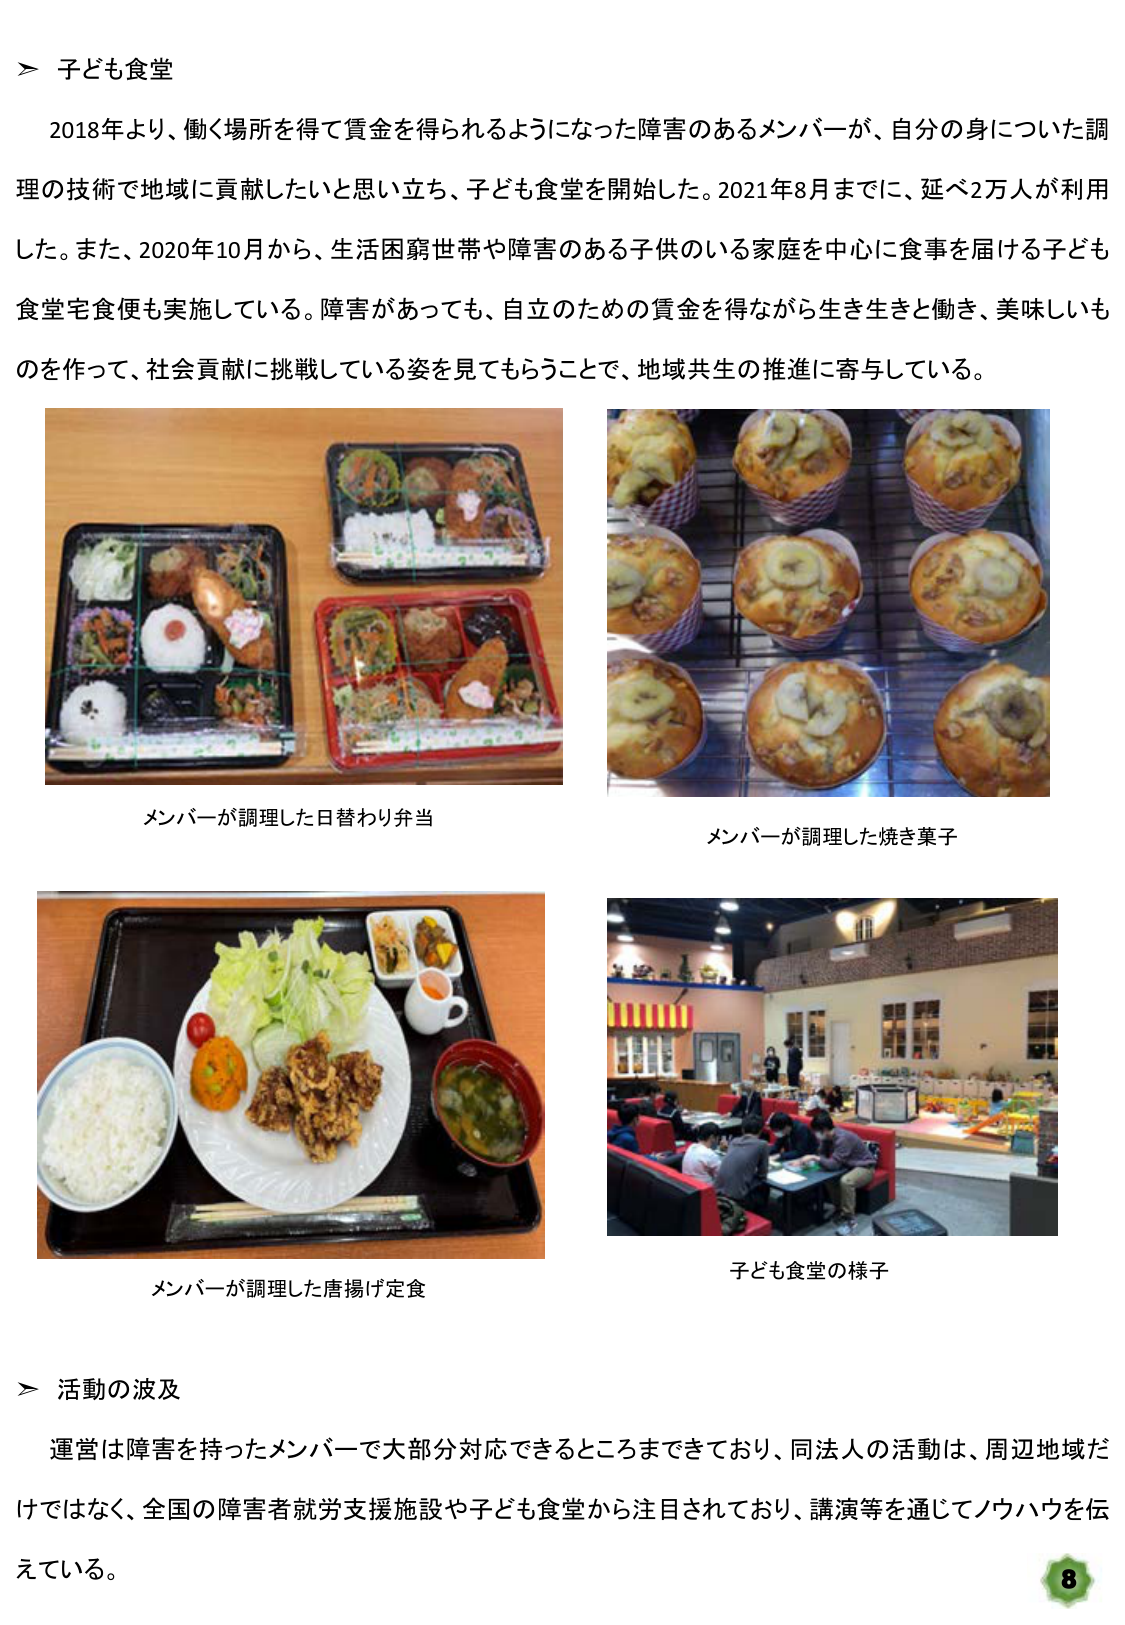
＞ 子ども食堂

2018年より、働く場所を得て賃金を得られるようになった障害のあるメンバーが、自分の身についた調理の技術で地域に貢献したいと思い立ち、子ども食堂を開始した。2021年8月までに、延べ2万人が利用した。また、2020年10月から、生活困窮世帯や障害のある子供のいる家庭を中心に食事を届ける子ども食堂宅食便も実施している。障害があっても、自立のための賃金を得ながら生き生きと働き、美味しいものを作って、社会貢献に挑戦している姿を見てもらうことで、地域共生の推進に寄与している。

メンバーが調理した日替わり弁当

メンバーが調理した焼き菓子

メンバーが調理した唐揚げ定食

子ども食堂の様子

＞ 活動の波及

運営は障害を持ったメンバーで大部分対応できるところまできており、同法人の活動は、周辺地域だけではなく、全国の障害者就労支援施設や子ども食堂から注目されており、講演等を通じてノウハウを伝えている。

8